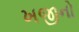
ખજીનો